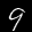
Label: 9